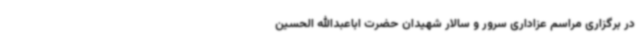
در برگزاری مراسم عزاداری سرور و سالار شهیدان حضرت اباعبدالله الحسین